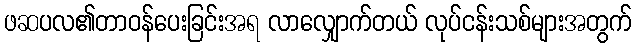
ဖဆပလ၏တာဝန်ပေးခြင်းအရ လာလျှောက်တယ် လုပ်ငန်းသစ်များအတွက်